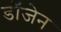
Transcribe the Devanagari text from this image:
डॉजेन